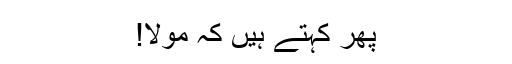
پھر کہتے ہیں کہ مولا!